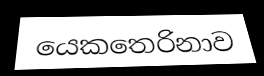
යෙකතෙරිනාව